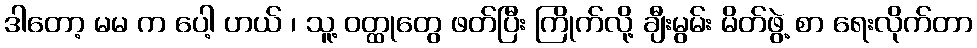
ဒါတော့ မမ က ပေါ့ ဟယ် ၊ သူ့ ဝတ္ထုတွေ ဖတ်ပြီး ကြိုက်လို့ ချီးမွမ်း မိတ်ဖွဲ့ စာ ရေးလိုက်တာ